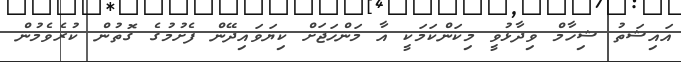
އައިޝަތު ޝިހާމް ވިދާޅުވީ މިކަންކަމަކީ އާ މަންހަޖަށް ކިޔަވައިދޭން ފެށުމުގެ ގޮތުން ކުރެވެމުން